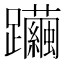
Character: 𨇿